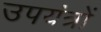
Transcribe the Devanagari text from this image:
उपयंत्रों